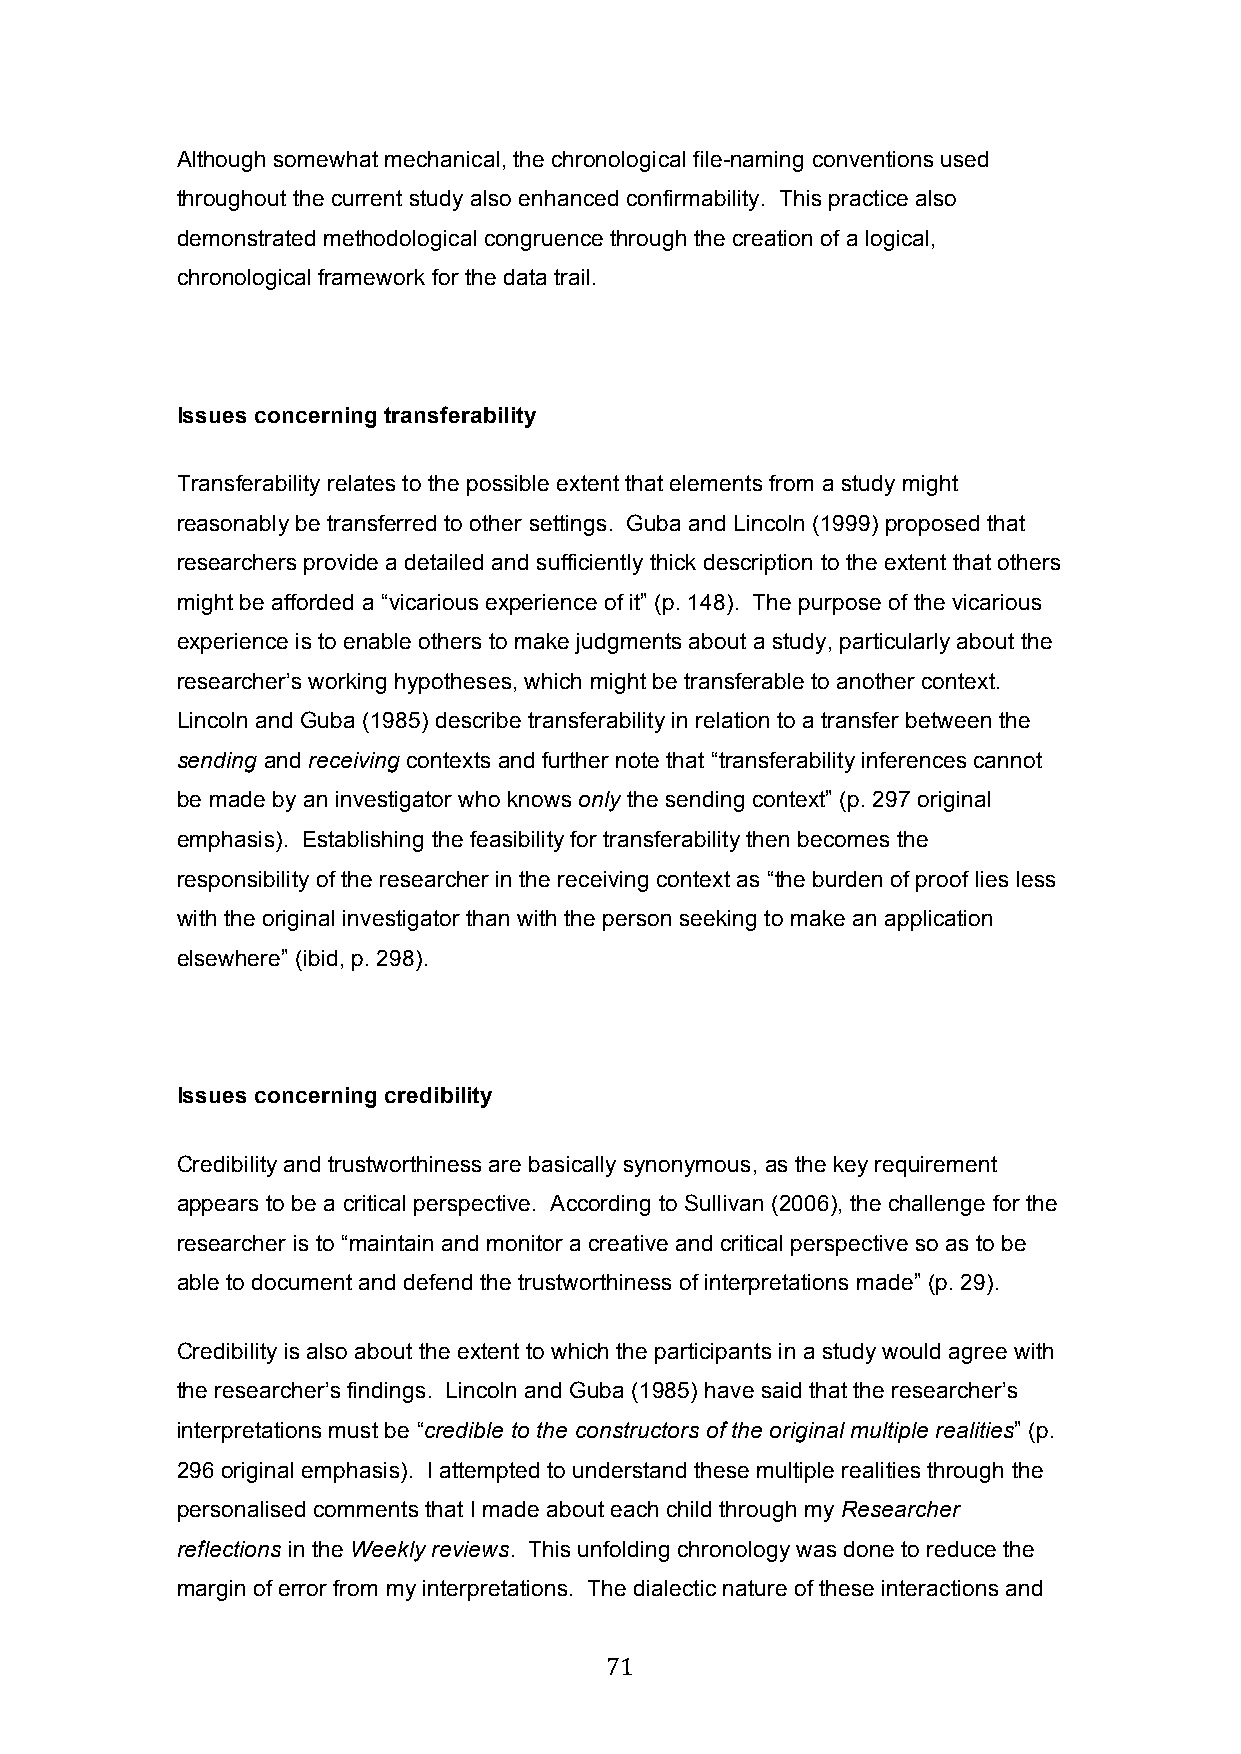
Although somewhat mechanical, the chronological file-naming conventions used
 throughout the current study also enhanced confirmability. This practice also
 demonstrated methodological congruence through the creation of a logical,
 chronological framework for the data trail.
 Issues concerning transferability
 Transferability relates to the possible extent that elements from a study might
 reasonably be transferred to other settings. Guba and Lincoln (1999) proposed that
 researchers provide a detailed and sufficiently thick description to the extent that others
 might be afforded a “vicarious experience of it” (p. 148). The purpose of the vicarious
 experience is to enable others to make judgments about a study, particularly about the
 researcher’s working hypotheses, which might be transferable to another context.
 Lincoln and Guba (1985) describe transferability in relation to a transfer between the
 sending and receiving contexts and further note that “transferability inferences cannot
 be made by an investigator who knows only the sending context” (p. 297 original
 emphasis). Establishing the feasibility for transferability then becomes the
 responsibility of the researcher in the receiving context as “the burden of proof lies less
 with the original investigator than with the person seeking to make an application
 elsewhere” (ibid, p. 298).
 Issues concerning credibility
 Credibility and trustworthiness are basically synonymous, as the key requirement
 appears to be a critical perspective. According to Sullivan (2006), the challenge for the
 researcher is to “maintain and monitor a creative and critical perspective so as to be
 able to document and defend the trustworthiness of interpretations made” (p. 29).
 Credibility is also about the extent to which the participants in a study would agree with
 the researcher’s findings. Lincoln and Guba (1985) have said that the researcher’s
 interpretations must be “credible to the constructors of the original multiple realities” (p.
 296 original emphasis). I attempted to understand these multiple realities through the
 personalised comments that I made about each child through my Researcher
 reflections in the Weekly reviews. This unfolding chronology was done to reduce the
 margin of error from my interpretations. The dialectic nature of these interactions and
 71